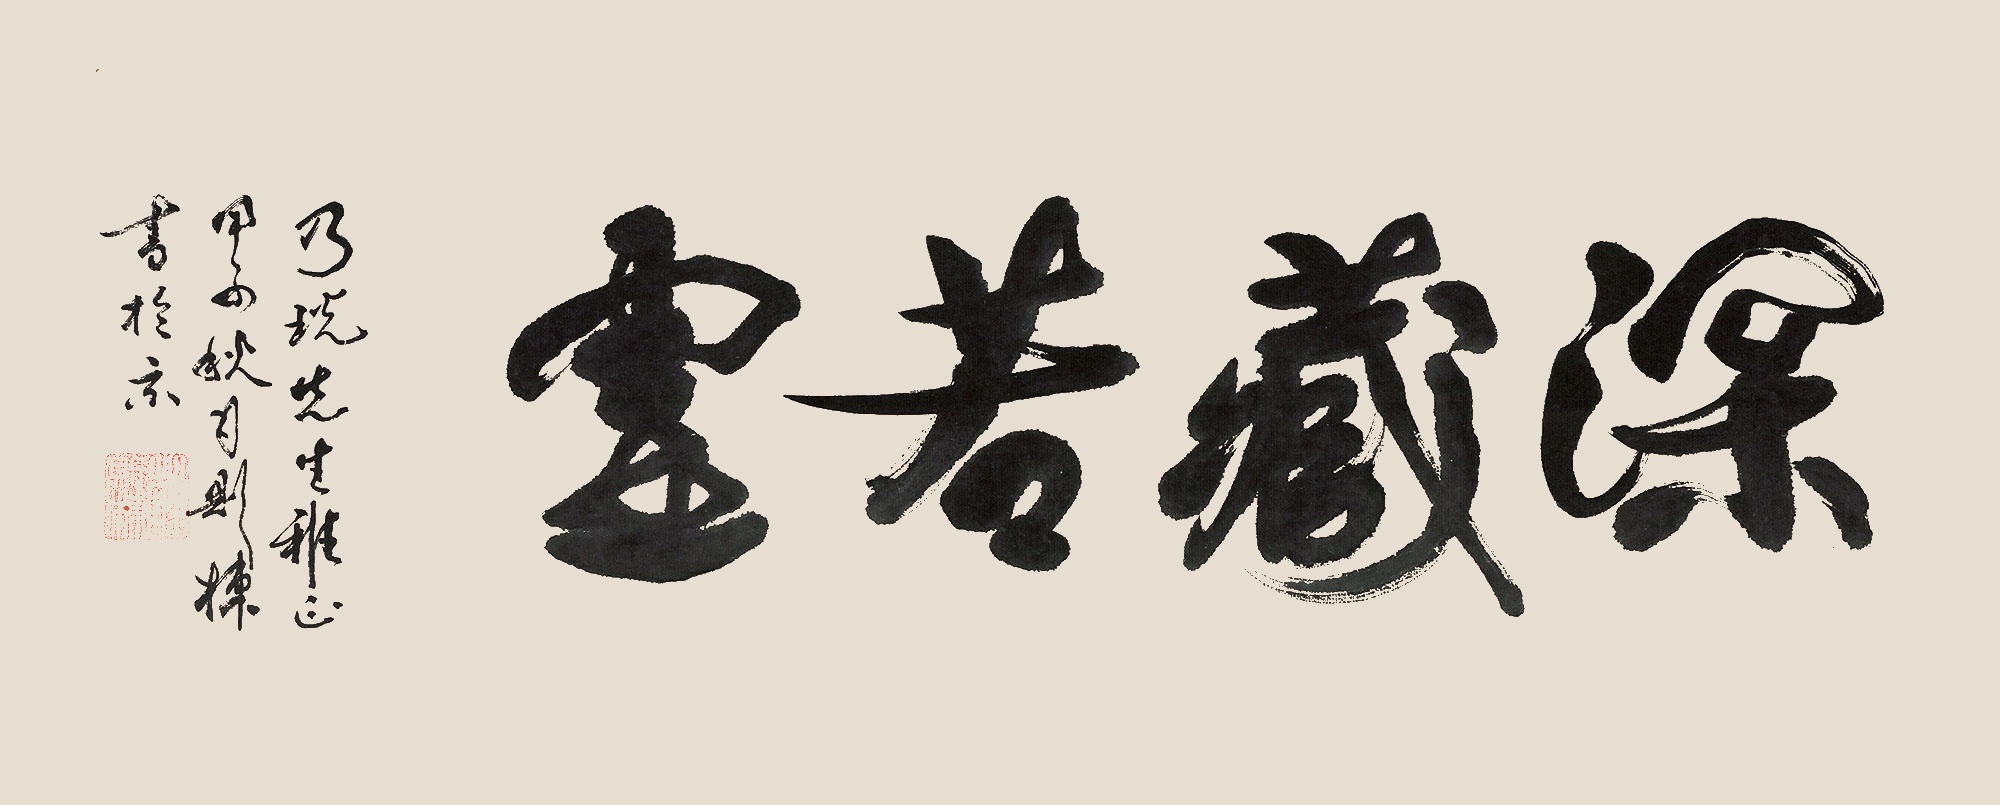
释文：深藏若虚乃珖先生雅正。甲子秋月，则栋书于京。